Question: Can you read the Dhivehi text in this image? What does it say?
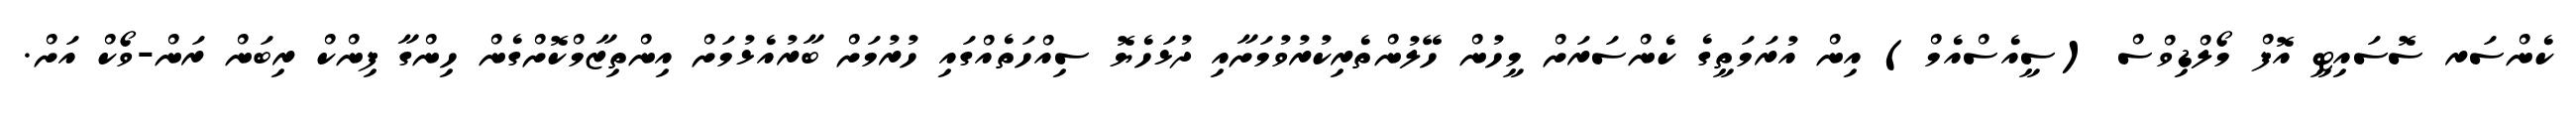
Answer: ކެންސަރ ސޮސައިޓީ އޮފް މޯލްޑިވްސް (ސީއެސްއެމް) އިން އުރަމަތީގެ ކެންސަރަށް މީހުން ހޭލުންތެރިކުރުވުމަށާއި ދުޅަހެޔޮ ސިއްހަތެއްގައި ހުރުމަށް ބާރުއެޅުމަށް އިންތިޒާމްކޮށްގެން ހިންގާ ފިންކް ރިބަން ރަން-ވޯކް އަށް.